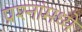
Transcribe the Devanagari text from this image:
प्रश्‍नांमध्‍ये